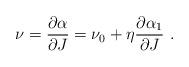
LaTeX: \begin{align*}\nu={{\partial \alpha}\over{\partial J}}=\nu_0+\eta{{\partial \alpha_1}\over{\partial J}}~.\end{align*}